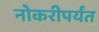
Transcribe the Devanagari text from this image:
नोकरीपर्यंत